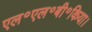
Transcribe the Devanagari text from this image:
एल॰एल॰बी॰किया।